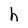
Character: h